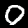
Digit: 0